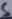
Text: 5